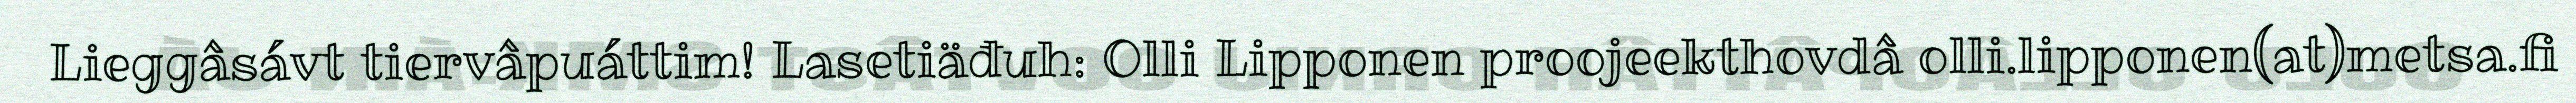
Lieggâsávt tiervâpuáttim! Lasetiäđuh: Olli Lipponen proojeekthovdâ olli.lipponen(at)metsa.fi